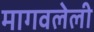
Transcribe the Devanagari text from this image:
मागवलेली